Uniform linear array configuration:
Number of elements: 12
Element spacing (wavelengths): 0.25
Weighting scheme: exponential
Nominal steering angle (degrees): -60
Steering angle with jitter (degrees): -59.824
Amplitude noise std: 0.05
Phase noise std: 0.05

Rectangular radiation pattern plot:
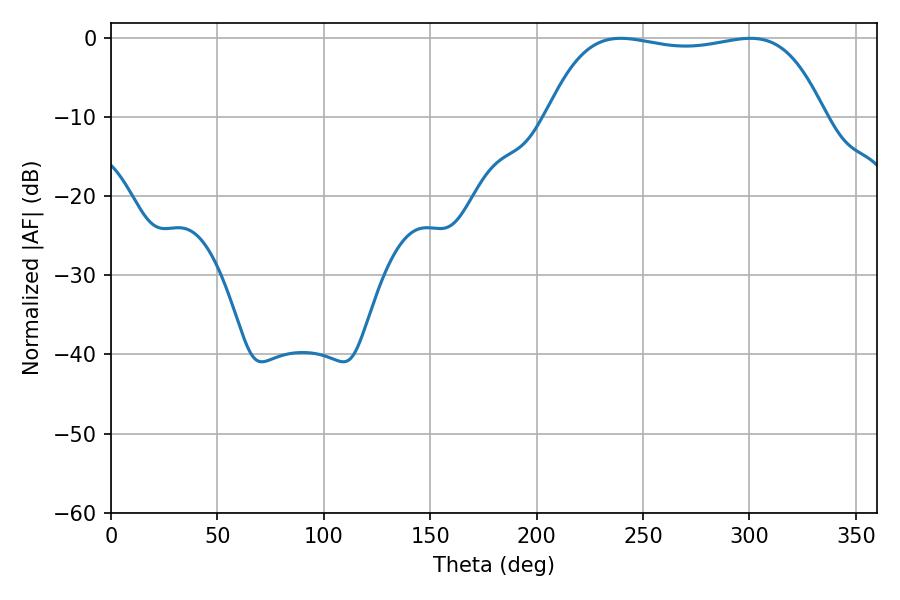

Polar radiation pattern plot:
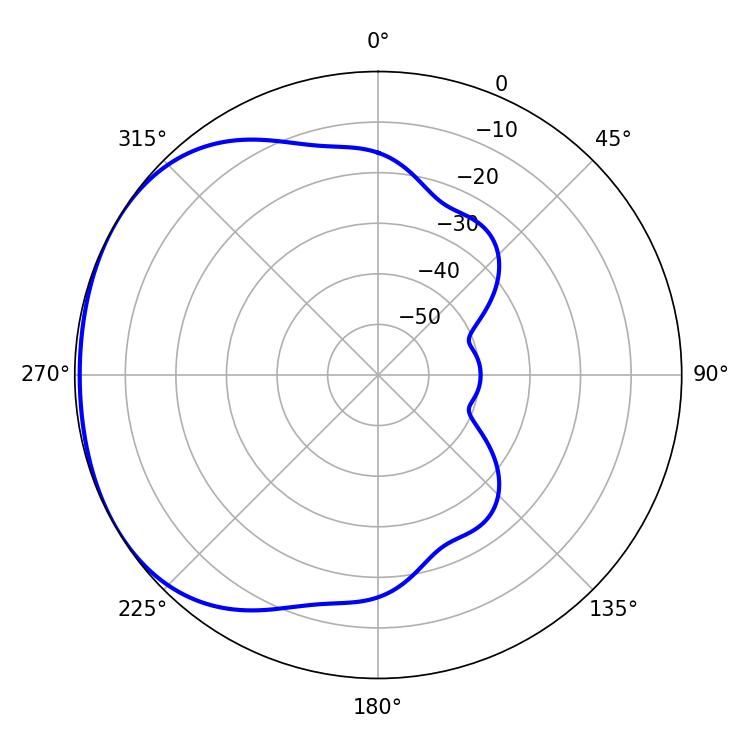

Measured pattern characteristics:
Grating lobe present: FALSE
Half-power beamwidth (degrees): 103.68
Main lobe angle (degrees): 239.58